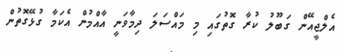
އެލްޖީއޭން ގަބޫލު ކުރާ ގޮތުގައި މި މައްސަލަ ދިމާވަނީ އާއްމުން އެކަމާ ގުޅޭގޮތުން